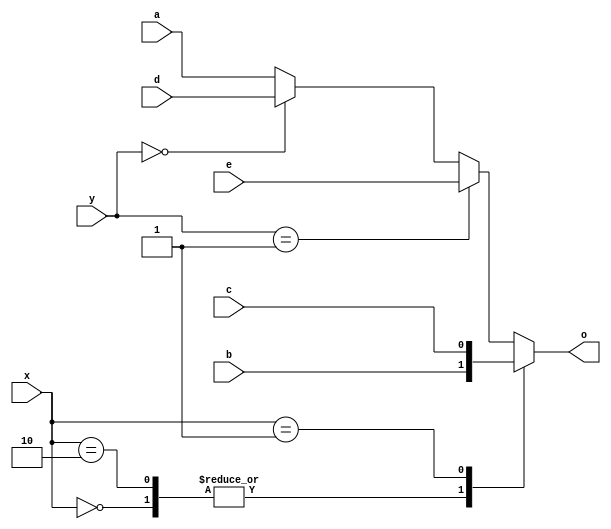
module case_nonexclusive_select (
        input wire [1:0] x, y,
        input wire a, b, c, d, e,
        output reg o
);
        always @* begin
            case (x)
                0: o = b;
                2: o = b;
                1: o = c;
                default: begin
                    o = a;
                    if (y == 0) o = d;
                    if (y == 1) o = e;
                end
        endcase
        end
endmodule